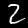
Label: 2